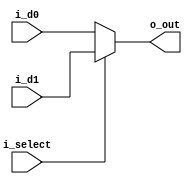

module m_multiplexor2_1(input [31:0] i_d0, i_d1, input i_select, output [31:0] o_out);
  assign o_out = i_select ? i_d1 : i_d0;
endmodule

module m_multiplexor4_1(input [31:0] i_d0, i_d1, i_d2, i_d3,
  input [1:0] i_select, output reg [31:0] o_out);

  always @(*)
    case (i_select)
      0: o_out <= i_d0;
      1: o_out <= i_d1;
      2: o_out <= i_d2;
      default: o_out <= i_d3;
    endcase

endmodule